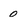
Character: 0